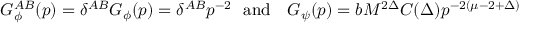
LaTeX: G _ { \phi } ^ { A B } ( p ) = \delta ^ { A B } G _ { \phi } ( p ) = { \delta ^ { A B } } { p ^ { - 2 } } \ \ \mathrm { a n d } \ \ \ G _ { \psi } ( p ) = { b } M ^ { 2 \Delta } C ( \Delta ) { p ^ { - 2 ( \mu - 2 + \Delta ) } }